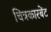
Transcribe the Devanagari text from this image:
चित्रकारबेंट